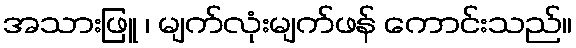
အသားဖြူ ၊ မျက်လုံးမျက်ဖန် ကောင်းသည်။